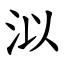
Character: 泤